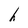
Character: h